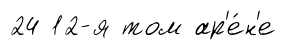
24 12-я том ар'е́н'е